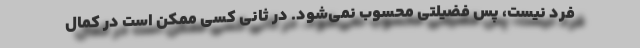
فرد نیست، پس فضیلتی محسوب نمی‌شود. در ثانی کسی ممکن است در کمالِ